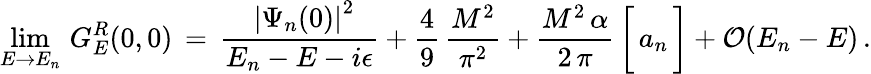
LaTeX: \operatorname*{lim}_{E\to E_{n}}\, G_{E}^{R}(0,0)\, =\, \frac{\, \, \left|\Psi_{n}(0)\right|^{2}}{E_{n}-E-i\epsilon}+\frac{4}{9}\, \frac{M^{2}}{\pi^{2}}+\frac{M^{2}\, \alpha}{2\, \pi}\, \bigg[\, a_{n}\, \bigg]+{\cal{O}}(E_{n}-E)\, .